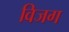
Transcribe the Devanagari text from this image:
विजग